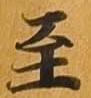
至